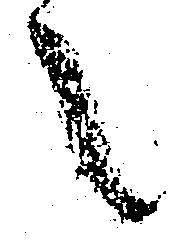
之